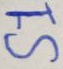
Text: S1